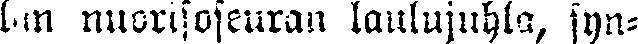
lan nuorisoseuran laulujuhla, syn-